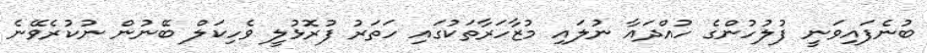
ބުނެފައިވަނީ ފުލުހުންގެ ހުއްދައާ ނުލައި މުޒާހަރާތަކުގައި ހަތަރު ފުރޮޅުލީ ވެހިކަލް ބޭނުން ނުކުރެވޭނެ